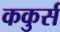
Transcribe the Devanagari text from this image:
ककुर्स